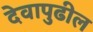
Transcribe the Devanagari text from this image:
देवापुढील